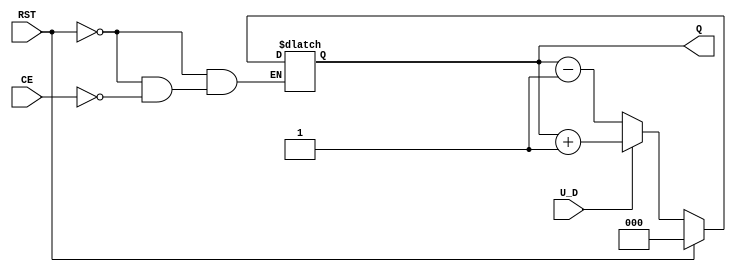
module UpDownCounter (
    input wire U_D,        // Up/Down control signal
    input wire CE,         // Count Enable
    input wire RST,        // Asynchronous Reset
    output reg [2:0] Q     // Counter output (3 bits for counting 0-7)
);

// Asynchronous Reset
always @* begin
    if (RST) begin
        Q = 3'b000; // Reset counter to 0
    end else if (CE) begin
        if (U_D) begin
            // Count Up
            Q = Q + 1;
        end else begin
            // Count Down
            Q = Q - 1;
        end
    end
end

endmodule